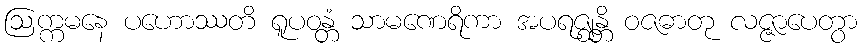
ဩက္ကမနေ ပဟောဿတိ ရူပဝန္တံ သာမဏေရိကာ အပရဇ္ဈန္တိ ဝဇဓာတု လဇ္ဇာပေတွာ